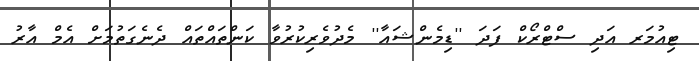
ޓިއުމަރ އަދި ސްޓްރޯކް ފަދަ ''ޑިމެންޝައާ'' މެދުވެރިކުރުވާ ކަންތައްތައް ދެނެގަތުމަށް އެމް އާރު